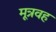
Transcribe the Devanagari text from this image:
मूत्रवह